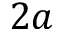
2 a